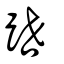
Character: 跇